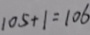
1 0 5 + 1 = 1 0 6